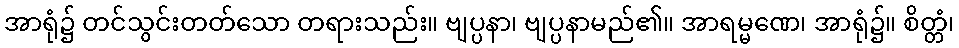
အာရုံ၌ တင်သွင်းတတ်သော တရားသည်း။ ဗျပ္ပနာ၊ ဗျပ္ပနာမည်၏။ အာရမ္မဏေ၊ အာရုံ၌။ စိတ္တံ၊